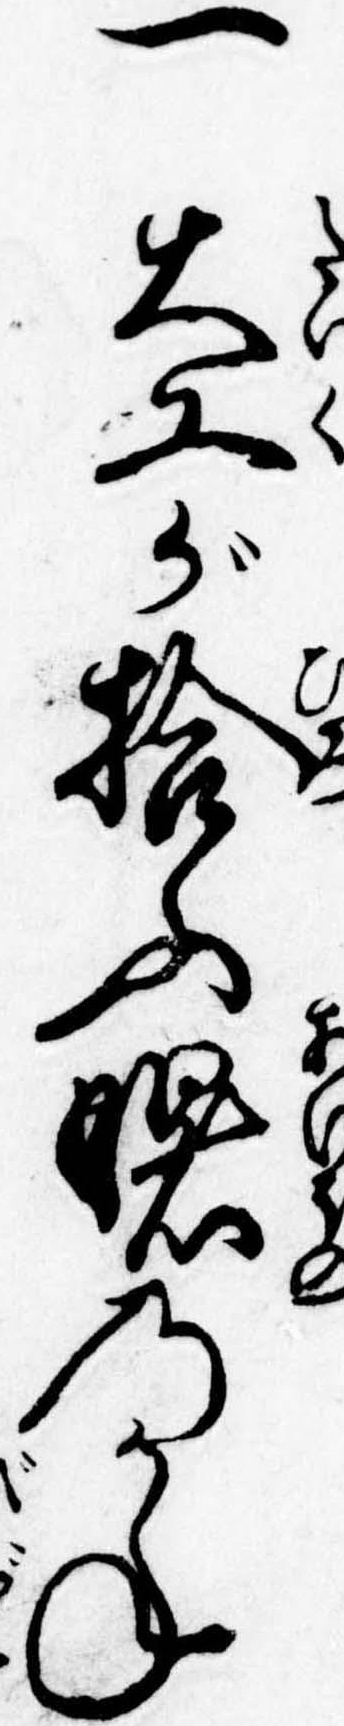
一大工が拾ふ曙のかね